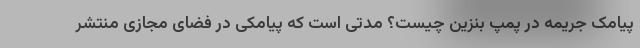
پیامک جریمه در پمپ بنزین چیست؟ مدتی است که پیامکی در فضای مجازی منتشر